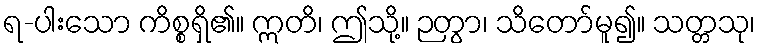
ရ-ပါးသော ကိစ္စရှိ၏။ ဣတိ၊ ဤသို့။ ဉတွာ၊ သိတော်မူ၍။ သတ္တသု၊